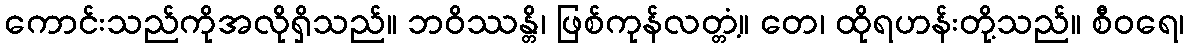
ကောင်းသည်ကိုအလိုရှိသည်။ ဘဝိဿန္တိ၊ ဖြစ်ကုန်လတ္တံ့။ တေ၊ ထိုရဟန်းတို့သည်။ စီဝရေ၊